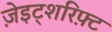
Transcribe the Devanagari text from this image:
ज़ेइट्शरिफ़्ट